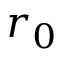
r _ { 0 }